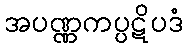
အပဏ္ဏကပ္ပဋိပဒံ